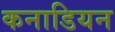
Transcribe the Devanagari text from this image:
कनाडियन